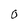
Character: 0